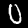
Label: 0